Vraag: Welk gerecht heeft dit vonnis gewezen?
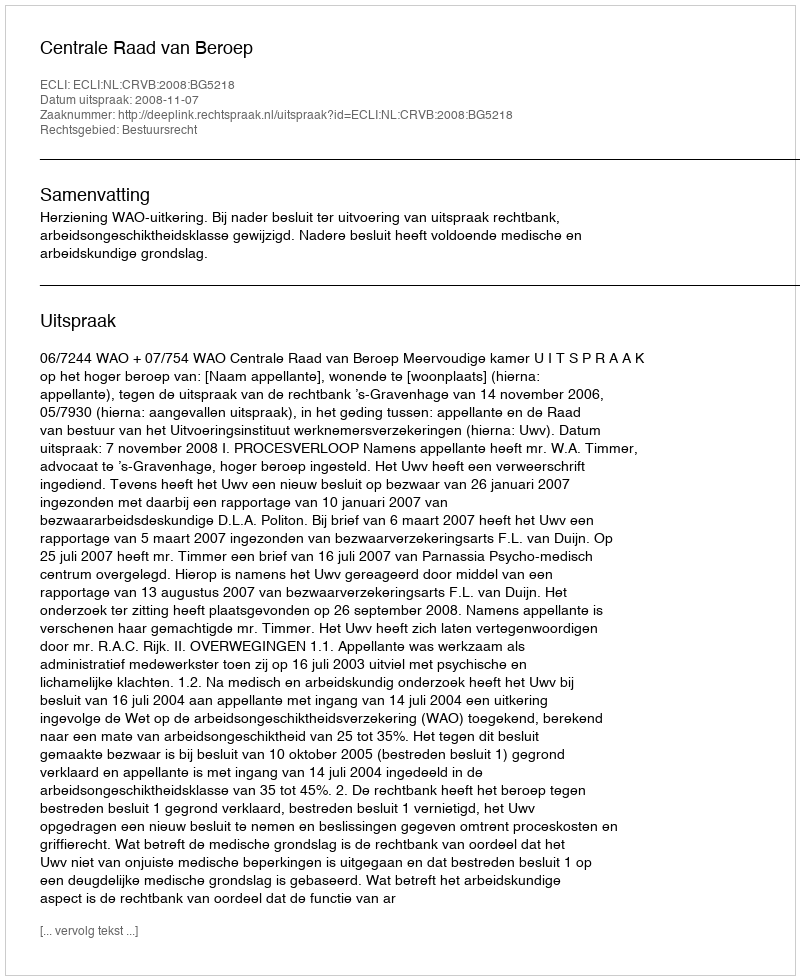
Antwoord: Centrale Raad van Beroep